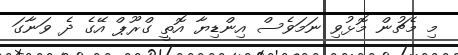
މި މެޗުން މޮޅުވި ނަމަވެސް އިންޑިޔާ އޮތީ ގްރޫޕް އޭގެ ދެ ވަނާގަ